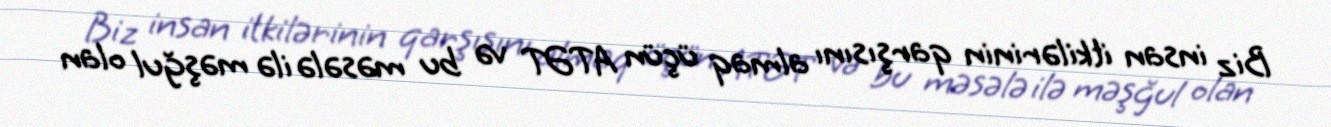
Biz insan itkilərinin qarşısını almaq üçün ATƏT və bu məsələ ilə məşğul olan